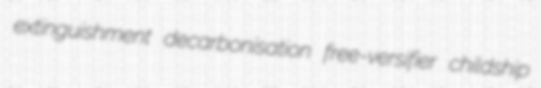
extinguishment decarbonisation free-versifier childship